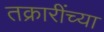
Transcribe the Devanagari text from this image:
तक्रारींच्या